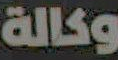
وكالة